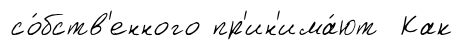
со́бств'енного пр'ин'има́ют Как